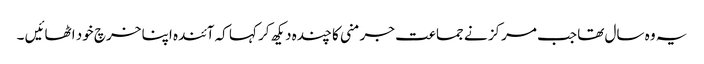
یہ وہ سال تھا جب مرکز نے جماعت جرمنی کا چندہ دیکھ کر کہا کہ آئندہ اپنا خرچ خود اٹھائیں ۔